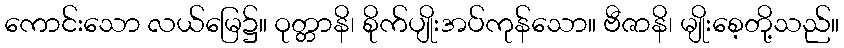
ကောင်းသော လယ်မြေ၌။ ဝုတ္တာနိ၊ စိုက်ပျိုးအပ်ကုန်သော။ ဗီဇာနိ၊ မျိုးစေ့တို့သည်။